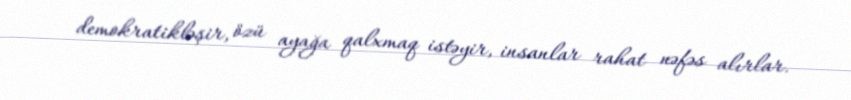
demokratikləşir, özü ayağa qalxmaq istəyir, insanlar rahat nəfəs alırlar.